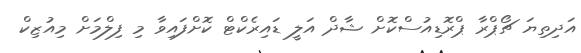
އަދިތިޔަ ޗޯޕްރާ ޕްރޮޑިއުސްކޮށް ޝާދް އަލީ ޑައިރެކްޓް ކޮށްފައިވާ މި ފިލްމަށް މިއުޒިކް